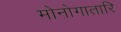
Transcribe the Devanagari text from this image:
मोनोगातारि